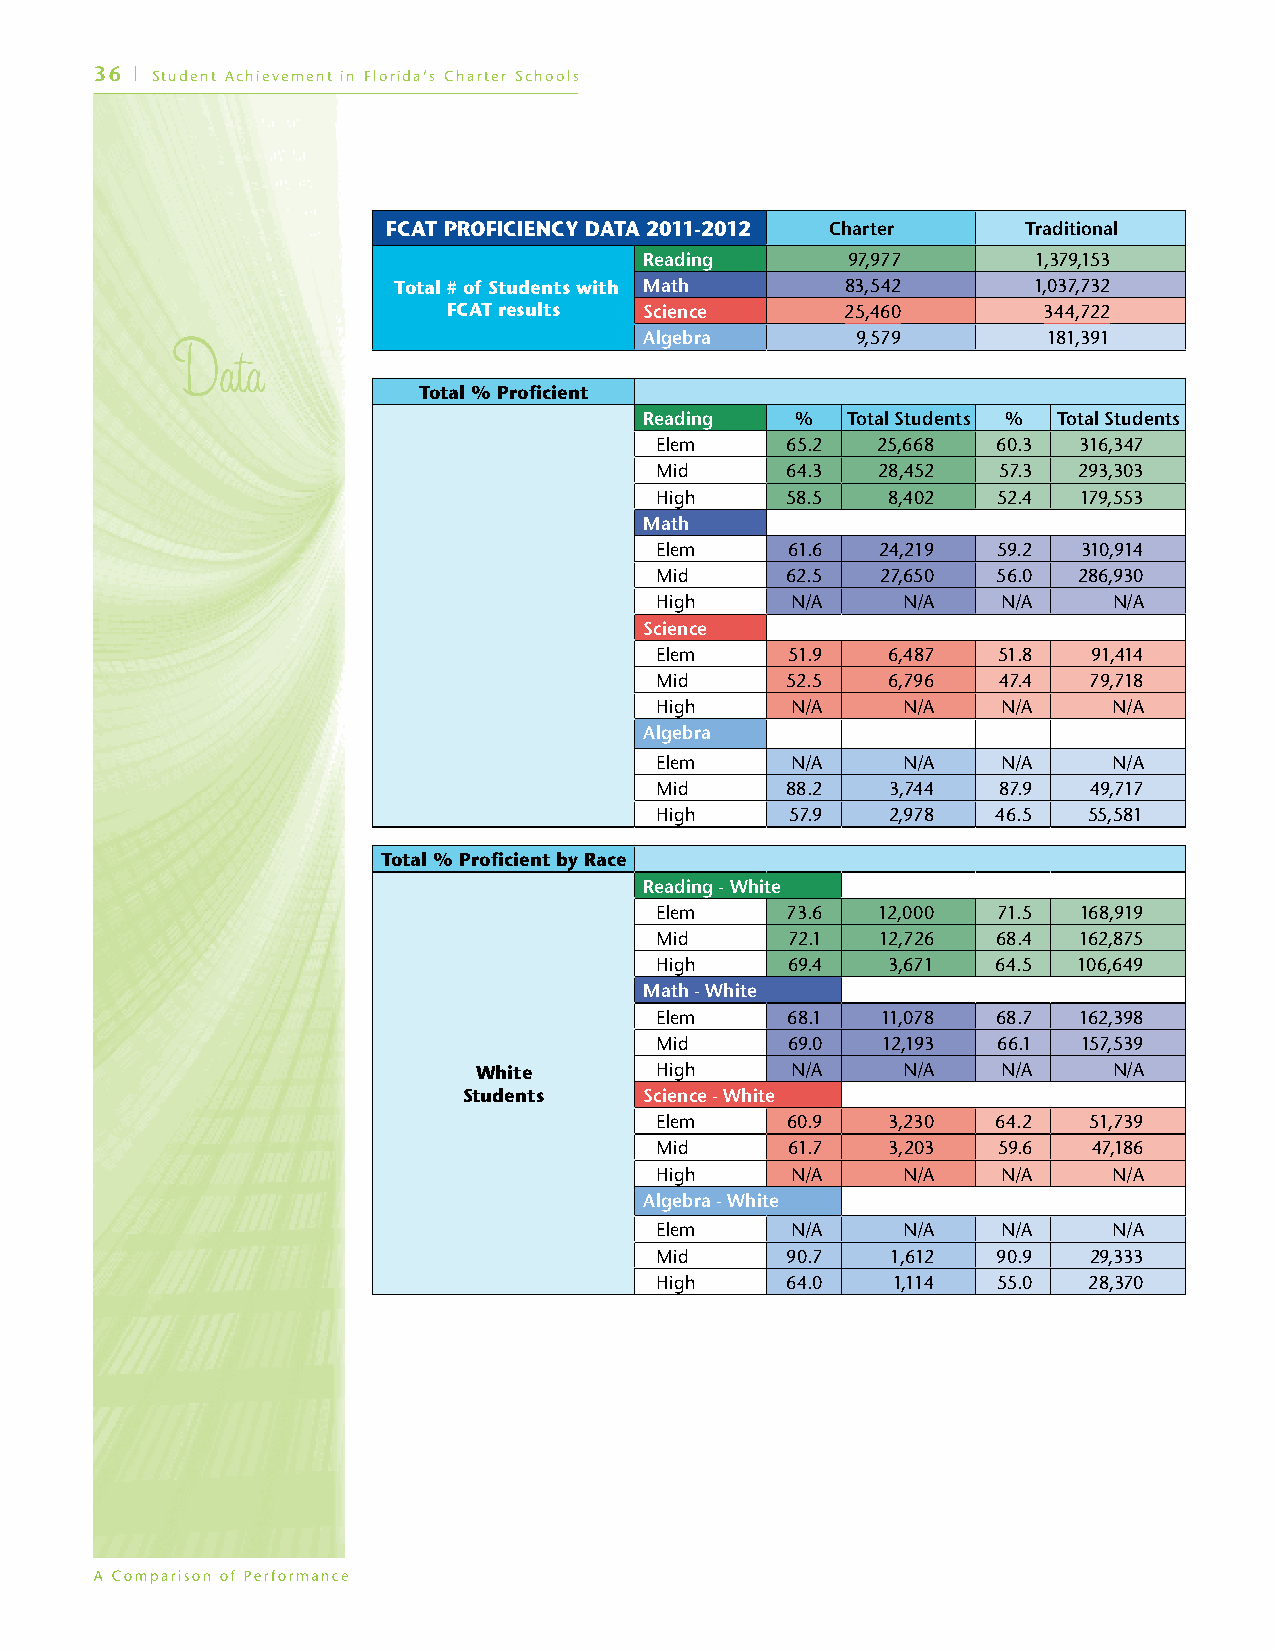
36 | Student Achievement in Florida’s Charter Schools
 FCAT PROFICIENCY DATA 2011-2012 Charter   Traditional
 Reading      97,977       1,379,153
 Total # of Students with Math 83,542      1,037,732
 FCAT results Science      25,460       344,722
 Algebra       9,579       181,391
 Total % Proficient
 Reading   %  Total Students % Total Students
 Elem     65.2  25,668  60.3 316,347
 Mid      64.3  28,452  57.3 293,303
 High     58.5   8,402  52.4  179,553
 Math
 Elem     61.6  24,219  59.2  310,914
 Mid      62.5  27,650  56.0 286,930
 High     N/A     N/A   N/A     N/A
 Science
 Elem     51.9   6,487  51.8  91,414
 Mid      52.5   6,796  47.4  79,718
 High     N/A     N/A   N/A     N/A
 Algebra
 Elem     N/A     N/A   N/A     N/A
 Mid      88.2   3,744  87.9  49,717
 High     57.9   2,978  46.5  55,581
 Total % Proficient by Race
 Reading - White
 Elem     73.6  12,000  71.5 168,919
 Mid      72.1  12,726  68.4 162,875
 High     69.4   3,671  64.5 106,649
 Math - White
 Elem     68.1  11,078  68.7 162,398
 Mid      69.0  12,193  66.1  157,539
 White       High     N/A     N/A   N/A     N/A
 Students    Science - White
 Elem     60.9   3,230  64.2  51,739
 Mid      61.7   3,203  59.6  47,186
 High     N/A     N/A   N/A     N/A
 Algebra - White
 Elem     N/A     N/A   N/A     N/A
 Mid      90.7   1,612  90.9  29,333
 High     64.0   1,114  55.0  28,370